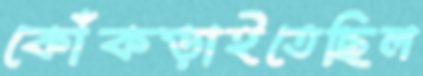
কোঁকড়াইতেছিল